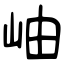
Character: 岫